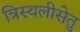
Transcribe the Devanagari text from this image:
त्रिस्थलीसेतु